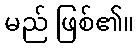
မည် ဖြစ်၏။